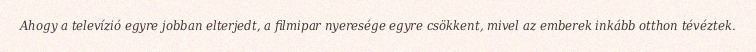
Ahogy a televízió egyre jobban elterjedt, a filmipar nyeresége egyre csökkent, mivel az emberek inkább otthon tévéztek.